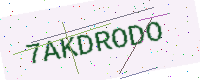
Text: 7AKDRODO